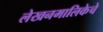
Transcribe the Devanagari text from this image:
लेखनमालिकेचे